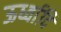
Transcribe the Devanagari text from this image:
ऊर्ध्वादि